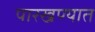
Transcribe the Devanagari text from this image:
पारखण्यात